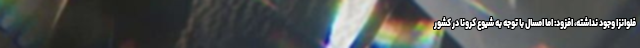
فلوانزا وجود نداشته، افزود: اما امسال با توجه به شیوع کرونا در کشور